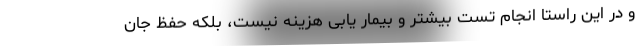
و در این راستا انجام تست بیشتر و بیمار یابی هزینه نیست، بلکه حفظ جان